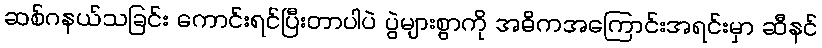
ဆစ်ဂနယ်သခြင်း ကောင်းရင်ပြီးတာပါပဲ ပွဲများစွာကို အဓိကအကြောင်းအရင်းမှာ ဆီနင်